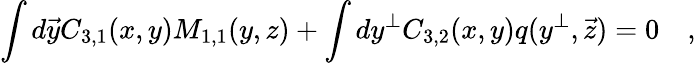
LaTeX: \int d\vec{y}C_{3,1}(x,y)M_{1,1}(y,z)+\int dy^{\bot}C_{3,2}(x,y)q(y^{\bot},\vec{z})=0\quad,